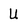
Character: U